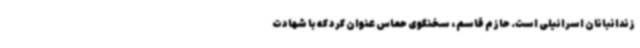
زندانبانان اسرائیلی است. حازم قاسم، سخنگوی حماس عنوان کرد که با شهادت